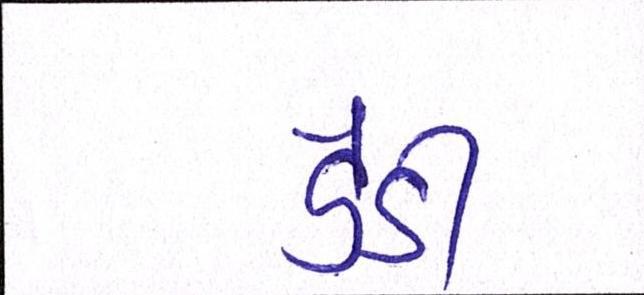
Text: ડેડી